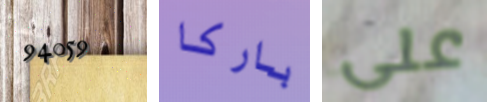
94059 باركا على